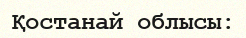
Қостанай облысы: